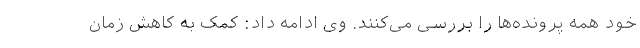
خود همه پرونده‌ها را بررسی می‌کنند. وی ادامه داد: کمک به کاهش زمان